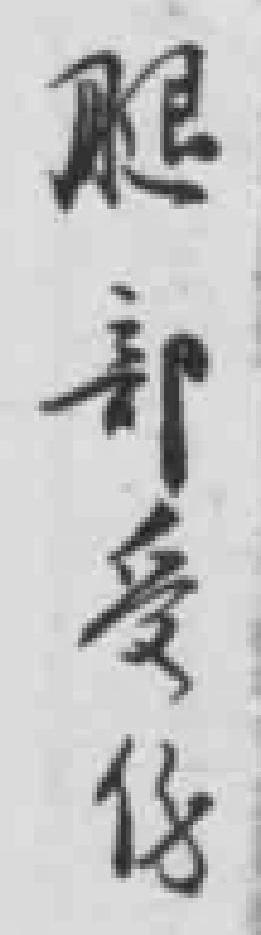
腿部受伤